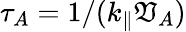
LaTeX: \tau_{A}=1/(k_{\parallel}\mathfrak{V}_{A})